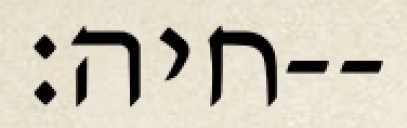
חיה׃--